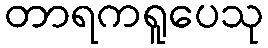
တာရကရူပေသု